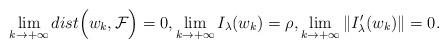
LaTeX: \begin{gather*}\lim_{k \to +\infty} dist \Big(w_k, \mathcal{F} \Big) = 0, \lim_{k \to +\infty} I_\lambda(w_k) = \rho, \lim_{k\to+\infty} \|I'_\lambda(w_k) \| = 0.\end{gather*}